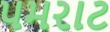
પમરાટ